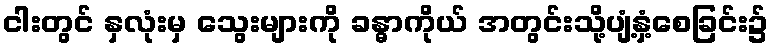
ငါးတွင် နှလုံးမှ သွေးများကို ခန္ဓာကိုယ် အတွင်းသို့ပျံ့နှံ့စေခြင်း၌